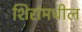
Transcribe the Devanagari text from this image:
शिरांमधील